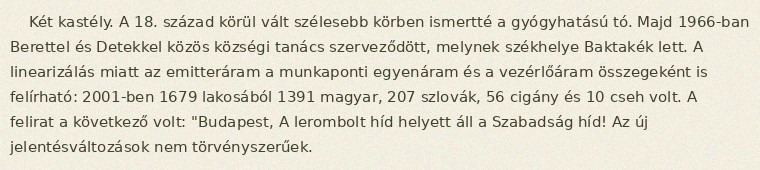
Két kastély. A 18. század körül vált szélesebb körben ismertté a gyógyhatású tó. Majd 1966-ban Berettel és Detekkel közös községi tanács szerveződött, melynek székhelye Baktakék lett. A linearizálás miatt az emitteráram a munkaponti egyenáram és a vezérlőáram összegeként is felírható: 2001-ben 1679 lakosából 1391 magyar, 207 szlovák, 56 cigány és 10 cseh volt. A felirat a következő volt: "Budapest, A lerombolt híd helyett áll a Szabadság híd! Az új jelentésváltozások nem törvényszerűek.